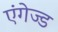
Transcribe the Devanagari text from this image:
एंगेज्ड